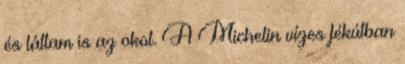
és láttam is az okot. A Michelin vízes fékútban